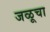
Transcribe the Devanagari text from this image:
जळूचा